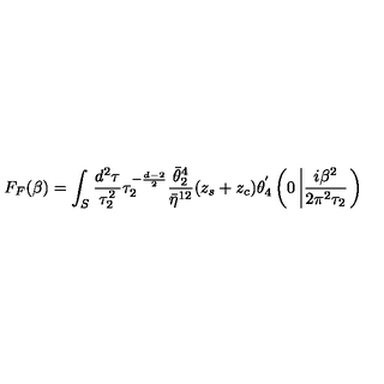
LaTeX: F _ { F } ( \beta ) = \int _ { S } \frac { d ^ { 2 } \tau } { \tau _ { 2 } ^ { 2 } } \tau _ { 2 } ^ { - \frac { d - 2 } { 2 } } \frac { \bar { \theta } _ { 2 } ^ { 4 } } { \bar { \eta } ^ { 1 2 } } ( z _ { s } + z _ { c } ) \theta _ { 4 } ^ { ' } \left( 0 \left| \frac { i \beta ^ { 2 } } { 2 \pi ^ { 2 } \tau _ { 2 } } \right. \right)